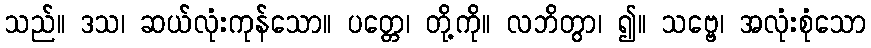
သည်။ ဒသ၊ ဆယ်လုံးကုန်သော။ ပတ္တေ၊ တို့ကို။ လဘိတွာ၊ ၍။ သဗ္ဗေ၊ အလုံးစုံသော